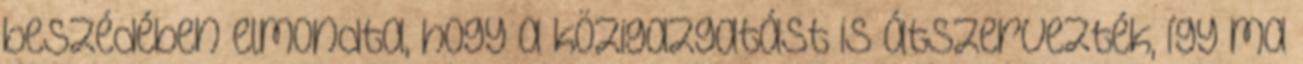
beszédében elmondta, hogy a közigazgatást is átszervezték, így ma